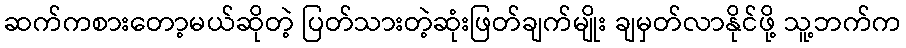
ဆက်ကစားတော့မယ်ဆိုတဲ့ ပြတ်သားတဲ့ဆုံးဖြတ်ချက်မျိုး ချမှတ်လာနိုင်ဖို့ သူ့ဘက်က